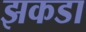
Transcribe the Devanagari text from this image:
झकडा